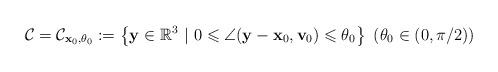
LaTeX: \begin{align*} {\mathcal C}={\mathcal C}_{\mathbf{x}_0,\theta_0}:= \left\{\mathbf{y} \in \mathbb R^3 ~|~0\leqslant \angle(\mathbf y-\mathbf{x}_0,\mathbf{v}_0)\leqslant \theta_0\right \}\ (\theta_0 \in(0,\pi/2)) \end{align*}